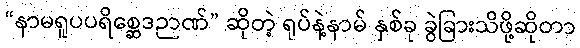
“နာမရူပပရိစ္ဆေဒဉာဏ်” ဆိုတဲ့ ရုပ်နဲ့နာမ် နှစ်ခု ခွဲခြားသိဖို့ဆိုတာ